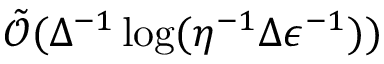
\tilde { \mathcal { O } } ( \Delta ^ { - 1 } \log ( \eta ^ { - 1 } \Delta \epsilon ^ { - 1 } ) )